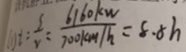
i = \frac { S } { V } = \frac { 6 1 6 0 k W } { 7 0 0 k m / h } = 8 . 8 h